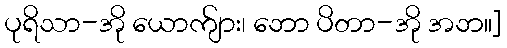
ပုရိသာ-အို ယောက်ျား၊ ဘော ပိတာ-အို အဘ။]